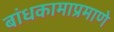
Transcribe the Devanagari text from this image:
बांधकामाप्रमाणे